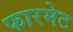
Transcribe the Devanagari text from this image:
फारमेट